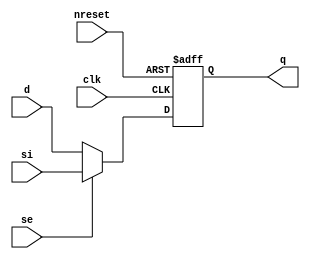
//#############################################################################
//# Function:  Positive edge-triggered static D-type flop-flop with async     #
//#            active low reset and scan input                                #
//#                                                                           #
//# Copyright: OH Project Authors. All rights Reserved.                       #
//# License:   MIT (see LICENSE file in OH repository)                        #
//#############################################################################

module asic_sdffrq #(parameter PROP = "DEFAULT")   (
    input      d,
    input      si,
    input      se,
    input      clk,
    input      nreset,
    output reg q
    );

   always @ (posedge clk or negedge nreset)
     if(!nreset)
       q <= 1'b0;
     else
       q <= se ? si : d;

endmodule